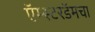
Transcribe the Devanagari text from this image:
ऍम्स्टरडॅमचा